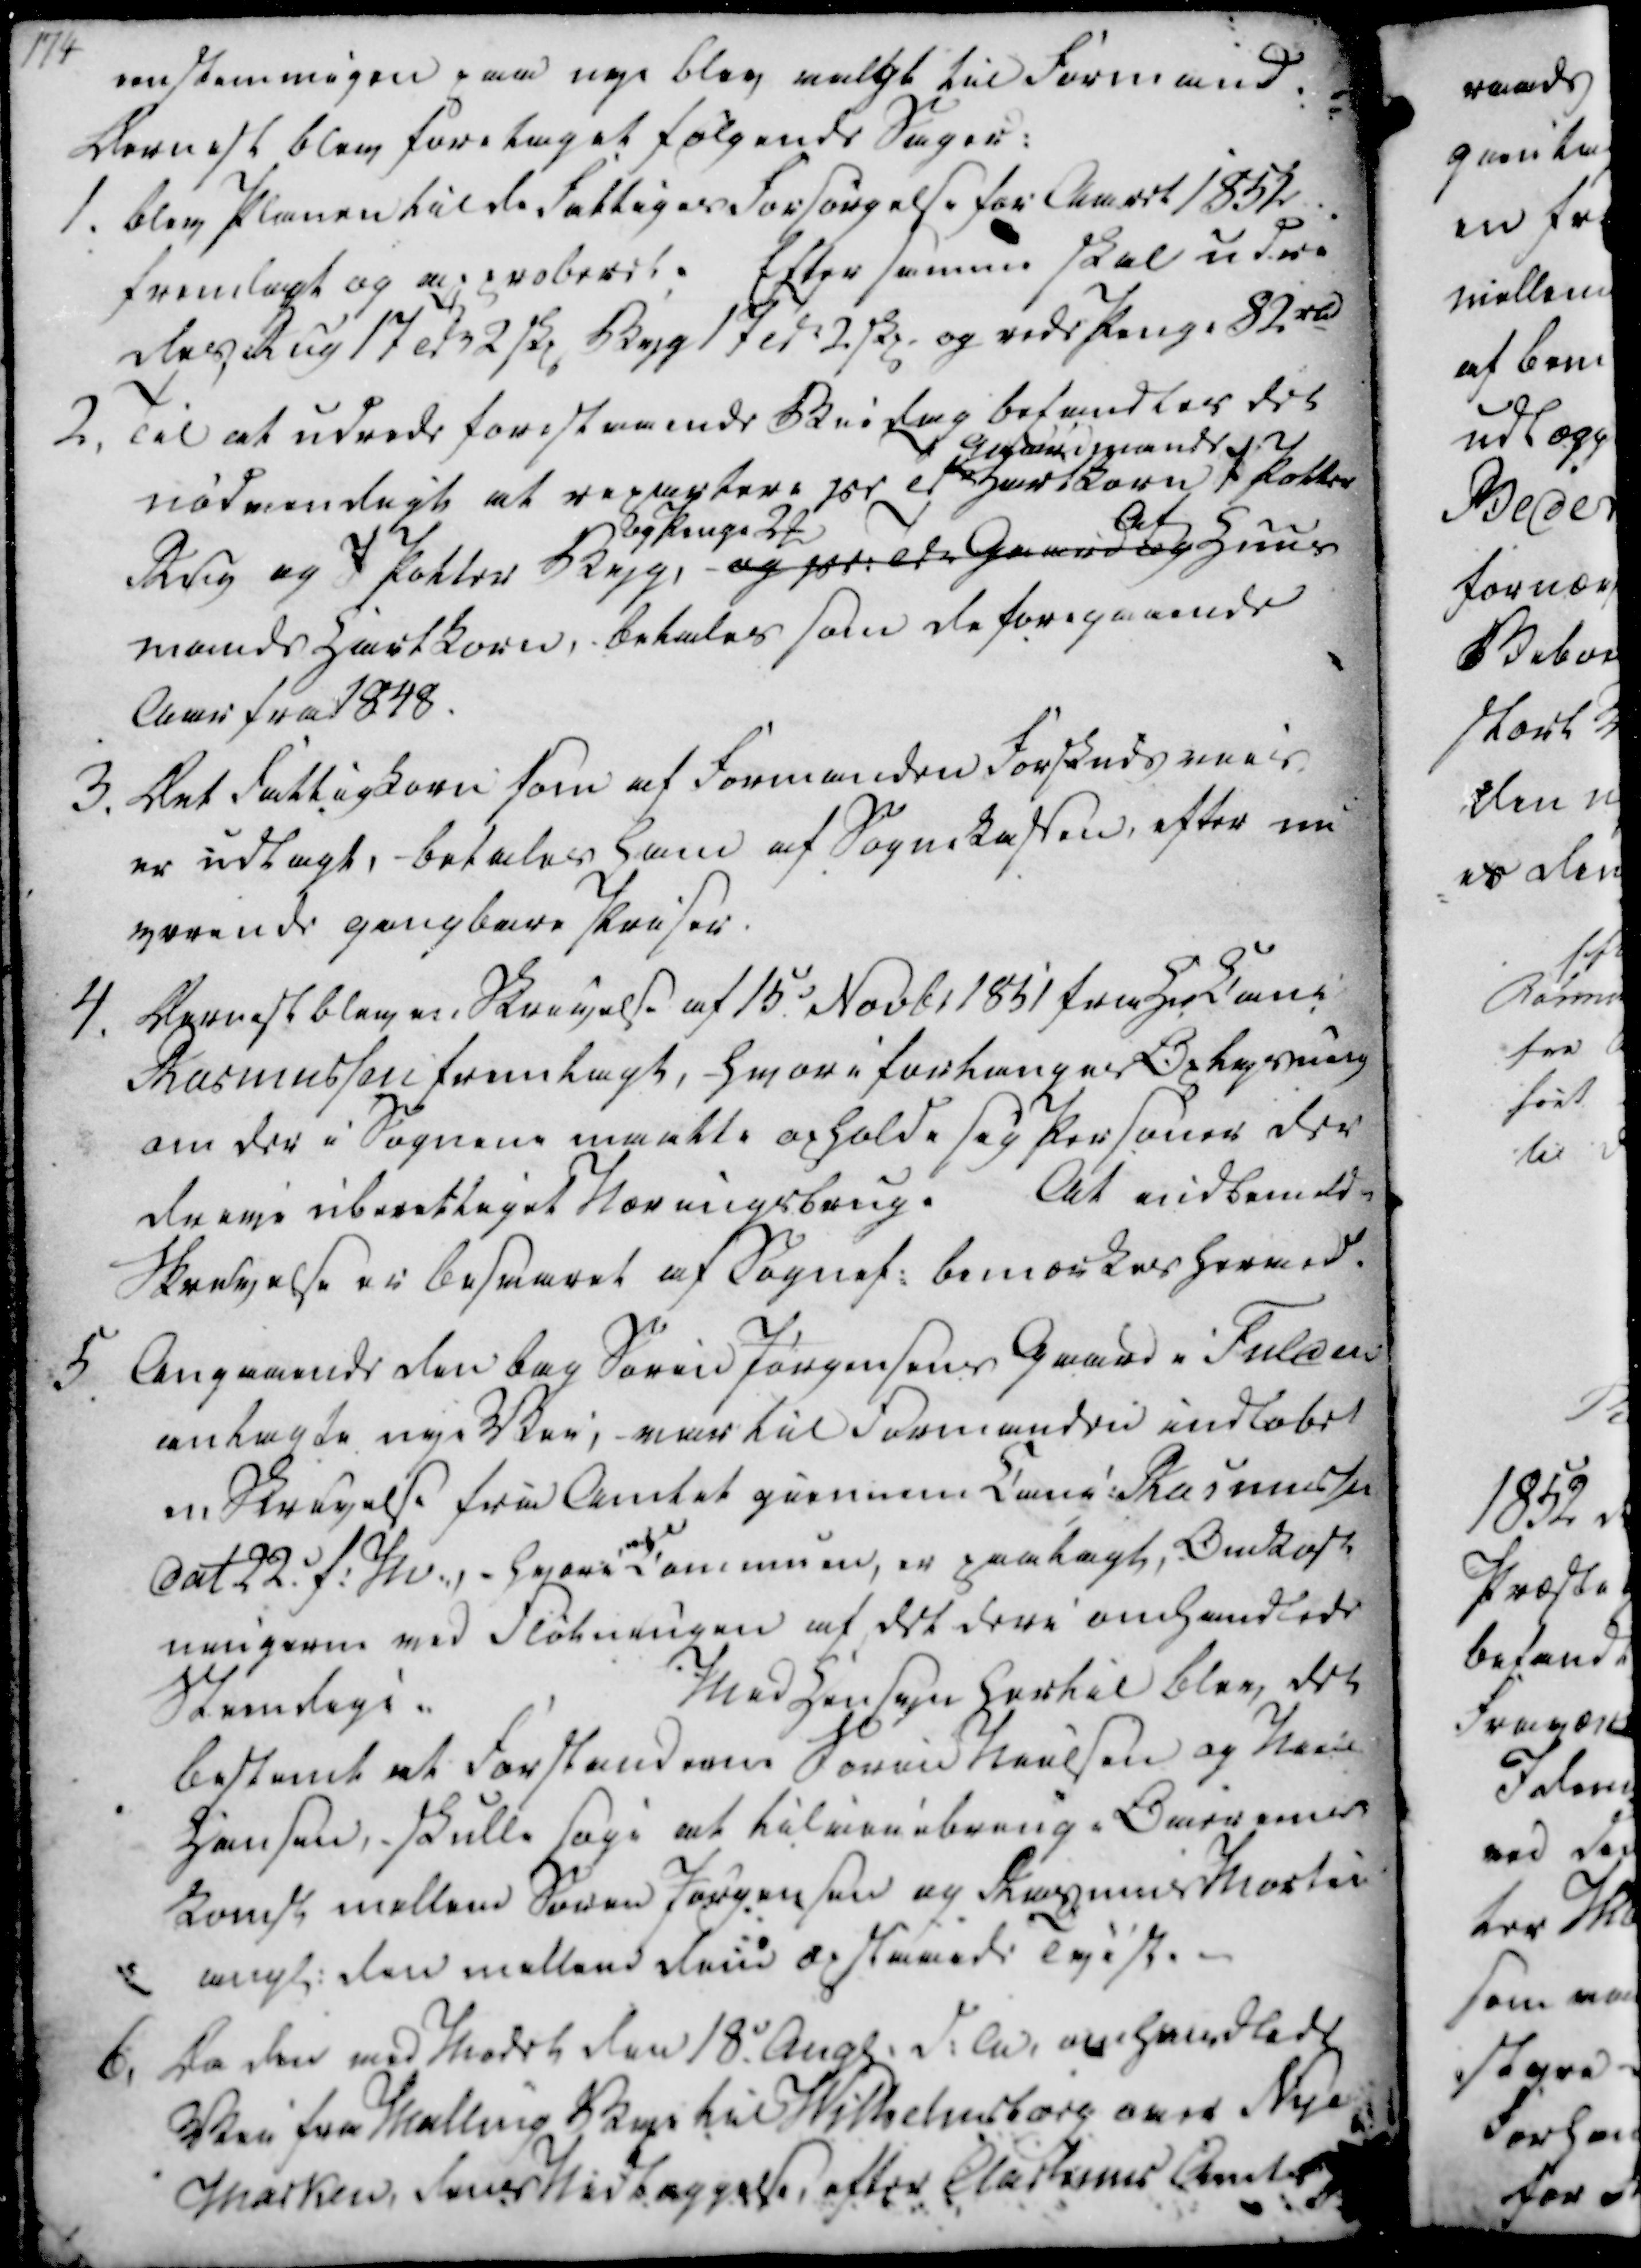
Transskription:
enstemmigen paa nye blev valgt til Formand.
Dernest blev foretaget følgende Sager:
1. Blev Planen til de Fattiges Forsørgelse for Aaret 1852
fremlagt og approberet. Efter samme skal udre
des Rug 17 Td 2 skp, Byg 17 Td 2 skp, og rede Penge 82 rd
2. Til at udrede forestaaende Bridag befandtes det
nødvendigt at repartere pr Td
Gmands
Hartkorn 7 Potter
Rug og 7 Potter Byg
og Penge 2 ₻
og pr. Td Gaard og
af
Huus
mands Hartkorn, betales som de foregaaende
Aar fra 1848.
3. Det Fattigkorn som af Formanden Forskuds maas,
er udlagt, - betales ham af Sognekassen, efter nu
værende gangbare Priser.

4. Dernest blev en Skrivelse af 15. Novbr 1851 fra Hr Canc
Rasmussen fremlagt, - hvori forlanges Oplysning
om der i Sognene maatte opholde sig Personer der
dreve uberettiget Næringsbrug.
At indbemelde
Skrivelse er Besvaret af Sognef. bemærkes hermed.
5
Angaaende den bag Søren Jørgensens Gaard i Fulden
anlagte nye Vei, - var til Formanden indløbet
en Skrivelse fra Amtet giennem Canc. Rasmussen
Dat 22. f. M., - hvori Communen, er paalagt, Omkost
ningerne ved Fløtningen af det dere omhandlede
Steeendige.
Med Hensyn hertil blev det 
bestemt at Forstanderne Søren Nielsen og Niels
Hansen,- skulle søge at tilveiebringe Overens
komst mellem Søren Jørgensen og Rasmus Mortei
ungt. den mellem dem opstaaede Tvist.
6. Da den ved Mødet den 18. Augt. d.A., og handlede
Vei fra Malling Bye til Wilhelmsborg over Nye
Marken, dens Nedlæggelse, efter Aarhuus Amts